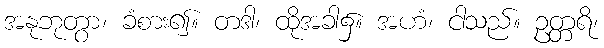
အနုဘုတွာ၊ ခံစား၍။ တဒါ၊ ထိုအခါ၌။ အဟံ၊ ငါသည်။ ဥတ္တရိ၊